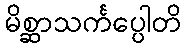
မိစ္ဆာသင်္ကပ္ပေါတိ